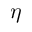
\eta